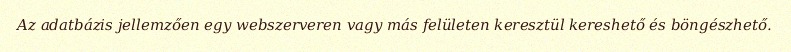
Az adatbázis jellemzően egy webszerveren vagy más felületen keresztül kereshető és böngészhető.